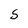
Character: 5